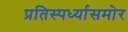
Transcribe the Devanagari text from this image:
प्रतिस्पर्ध्यासमोर